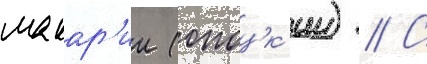
макар'ии (опоцк'ии) // С